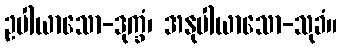
ဥပါယာသော-ဒုက္ခံ၊ အနုပါယာသော-သုခံ။